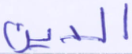
الدين